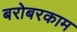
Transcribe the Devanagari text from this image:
बरोबरकाम